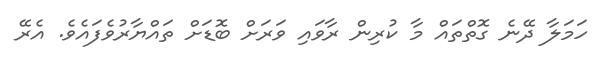
ހަމަލާ ދޭނެ ގޮތްތައް މާ ކުރިން ރާވައި ވަރަށް ބޮޑަށް ތައްޔާރުވެފައެވެ. އެރޭ